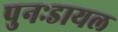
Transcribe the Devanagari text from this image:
पुनःडायल